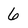
Character: 6